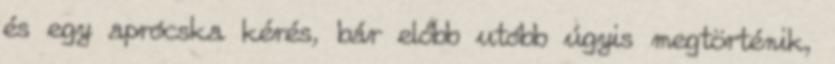
és egy aprócska kérés, bár előbb utóbb úgyis megtörténik,